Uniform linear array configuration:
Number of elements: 48
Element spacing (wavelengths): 1
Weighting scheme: hann
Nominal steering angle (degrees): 0
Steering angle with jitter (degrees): -0.605
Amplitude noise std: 0.05
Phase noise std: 0.05

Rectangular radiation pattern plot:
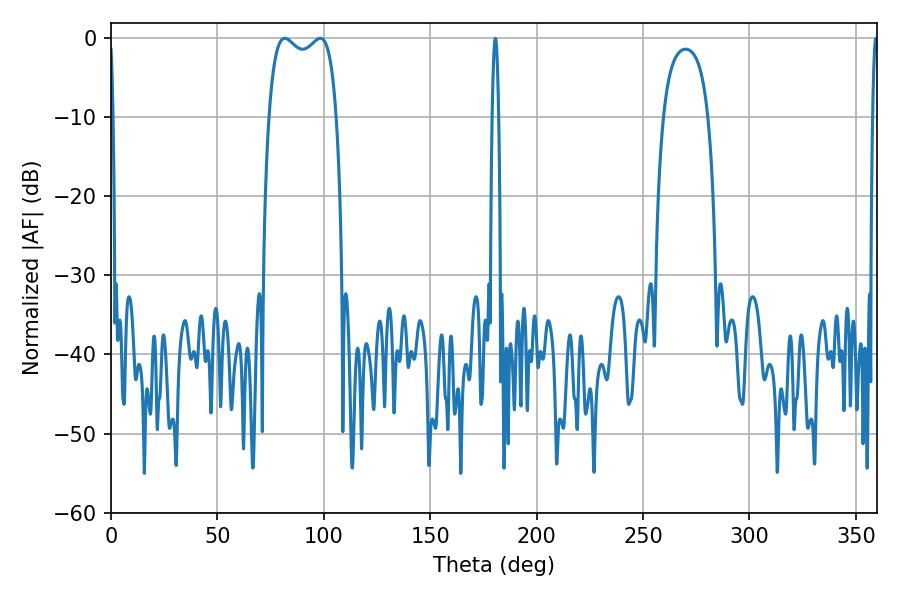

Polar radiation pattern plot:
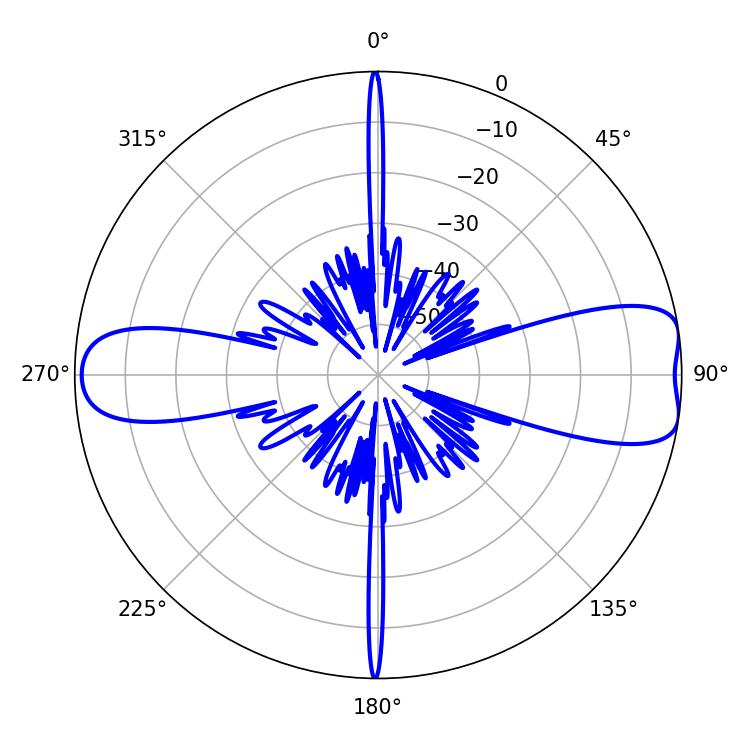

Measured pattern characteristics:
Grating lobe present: TRUE
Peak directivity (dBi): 9.419
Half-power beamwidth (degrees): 25.92
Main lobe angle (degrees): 81.72